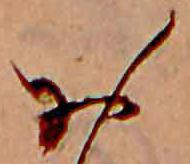
お